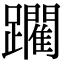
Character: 躙